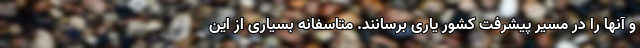
و آنها را در مسیر پیشرفت کشور یاری برسانند. متاسفانه بسیاری از این